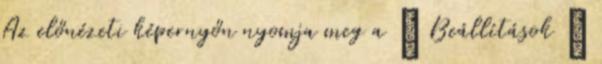
Az előnézeti képernyőn nyomja meg a → Beállítások →